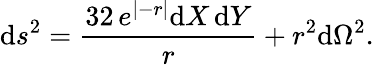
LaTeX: \mathrm{d}s^{2}={\frac{{32\, e^{\vert-r\vert}\mathrm{d}X\, \mathrm{d}Y}}{{r}}}+r^{2}\mathrm{d}\Omega^{2}.